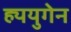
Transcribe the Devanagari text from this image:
ह्ययुगेन